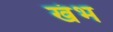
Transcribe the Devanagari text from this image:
खंभ